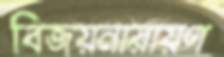
বিজয়নারায়ণ